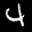
Label: 4